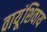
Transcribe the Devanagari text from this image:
वायूंशिवाय